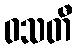
ဝသတီ